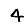
Digit: 4